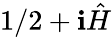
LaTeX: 1/2+\mathbf{i}{\hat{{H}}}